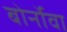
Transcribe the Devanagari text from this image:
बोर्नोवा